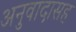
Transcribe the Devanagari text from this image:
अनुवादासह